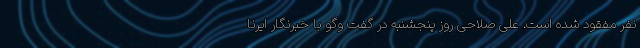
نفر مفقود شده است. علی صلاحی روز پنجشنبه در گفت وگو با خبرنگار ایرنا